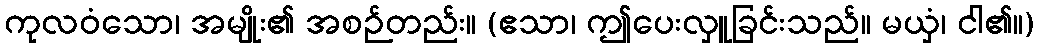
ကုလဝံသော၊ အမျိုး၏ အစဉ်တည်း။ (ဧသာ၊ ဤပေးလှူခြင်းသည်။ မယှံ၊ ငါ၏။)